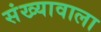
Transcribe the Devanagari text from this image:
संख्यावाला